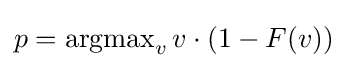
p=\operatorname {argmax} _{v}v\cdot (1-F(v))